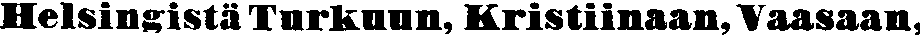
Helsingistä Turkuun, Kristiinaan, Vaasaan,